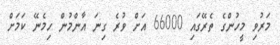
މަރުވި މީހުންގެ ތެރޭގައި 66000 އަށް ވުރެ ގިނަ އާންމުން ހިމެނޭ ކަމަށް